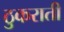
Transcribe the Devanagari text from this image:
ठुकराती